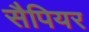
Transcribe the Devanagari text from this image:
सैपियर